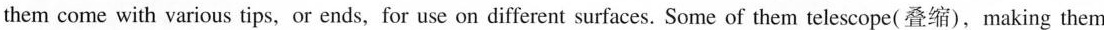
them come with various tips, or ends，for use on different surfaces. Some of them telescope(叠缩)，making them